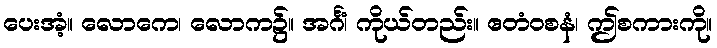
ပေးအံ့။ လောကေ၊ လောက၌။ အင်္ဂံ၊ ကိုယ်တည်း။ ဧတံဝစနံ၊ ဤစကားကို။